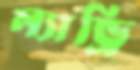
ল্যান্ড্রি